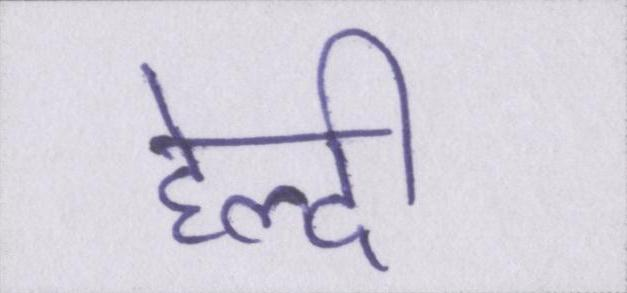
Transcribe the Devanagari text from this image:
हेल्दी